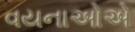
વયનાઓએ